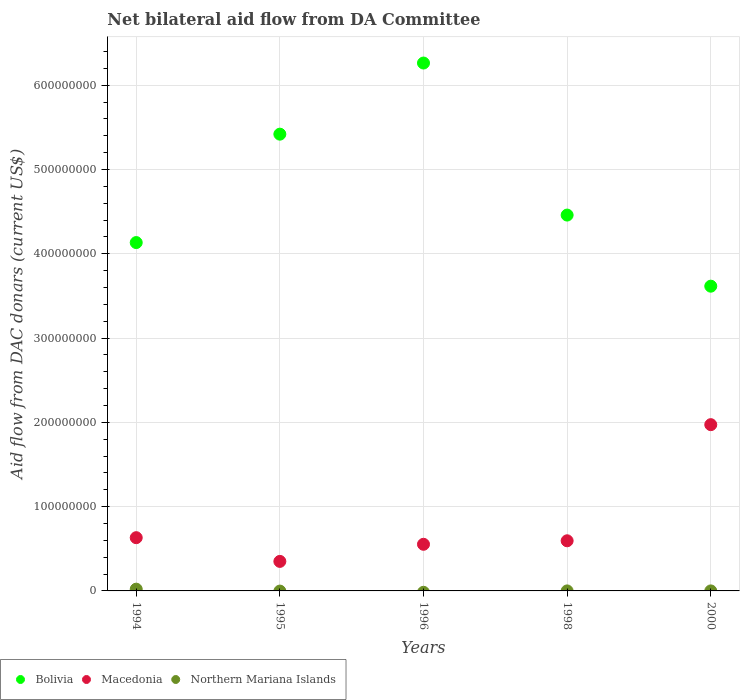
| Years | Bolivia | Macedonia | Northern Mariana Islands |
 | --- | --- | --- | --- |
 | 1994 | 4.13e+08 | 6.32e+07 | 2.08e+06 |
 | 1995 | 5.42e+08 | 3.5e+07 | -2e+05 |
 | 1996 | 6.26e+08 | 5.53e+07 | -1.62e+06 |
 | 1998 | 4.46e+08 | 5.95e+07 | 1e+04 |
 | 2000 | 3.62e+08 | 1.97e+08 | 1e+04 |